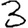
Digit: 3